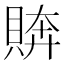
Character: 𧶭